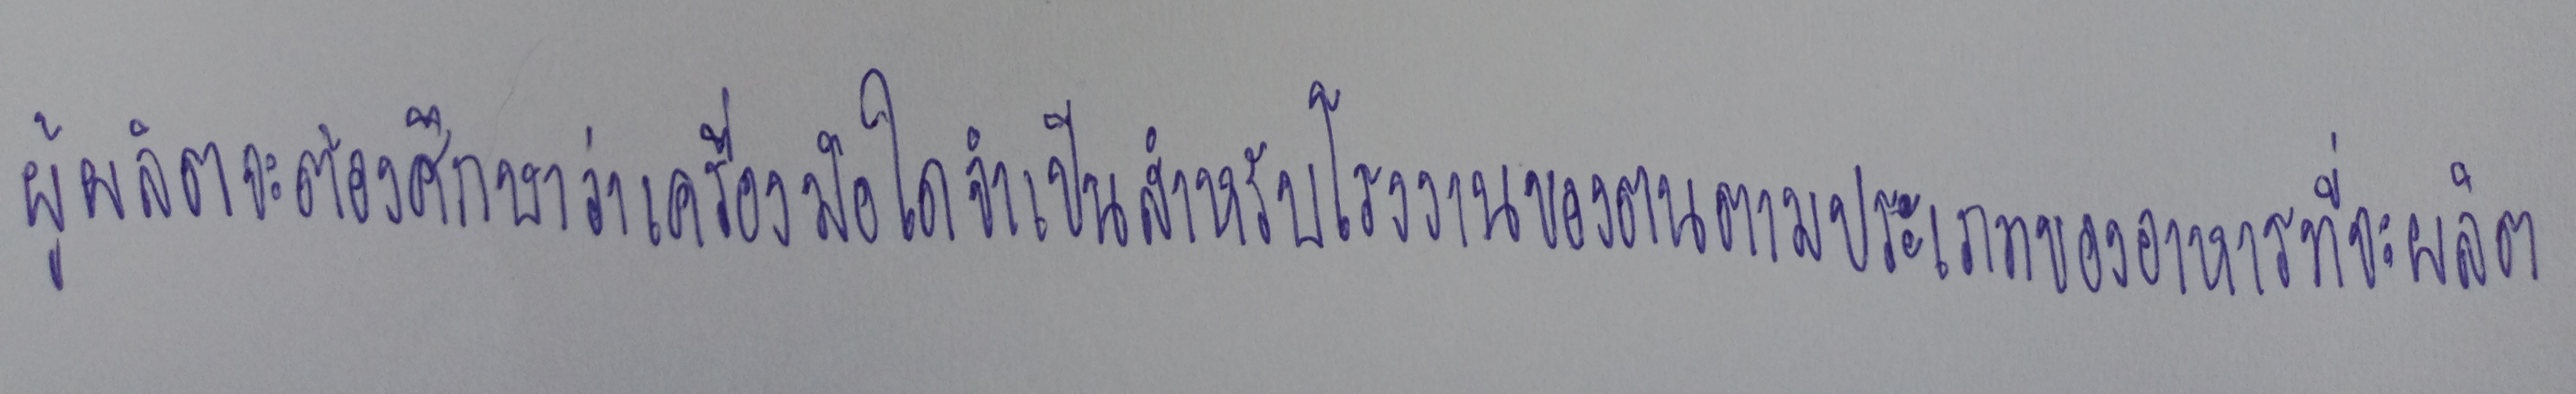
ผู้ผลิตจะต้องศึกษาว่าเครื่องมือใดจำเป็นสำหรับโรงงานของตนตามประเภทของอาหารที่จะผลิต